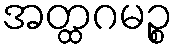
အတ္ထဂမဉ္စ